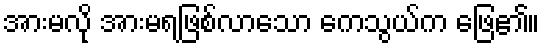
အားမလို အားမရဖြစ်လာသော ကေသွယ်က ဖြေ၏။